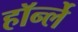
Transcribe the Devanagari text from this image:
हॉर्न्ले